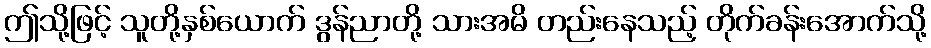
ဤသို့ဖြင့် သူတို့နှစ်ယောက် ဒွန်ညာတို့ သားအမိ တည်းနေသည့် တိုက်ခန်းအောက်သို့